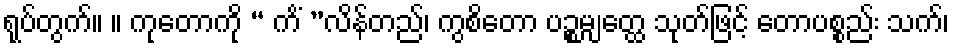
ရုပ်တွက်။ ။ ကုတောကို “ ကိံ ”လိန်တည်၊ ကွစိတော ပဉ္စမျတ္ထေ သုတ်ဖြင့် တောပစ္စည်း သက်၊